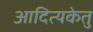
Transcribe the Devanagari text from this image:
आदित्यकेतु